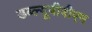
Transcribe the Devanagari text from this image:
डब्ल्यूबीबीएम